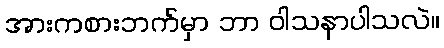
အားကစားဘက်မှာ ဘာ ဝါသနာပါသလဲ။